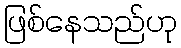
ဖြစ်နေသည်ဟု